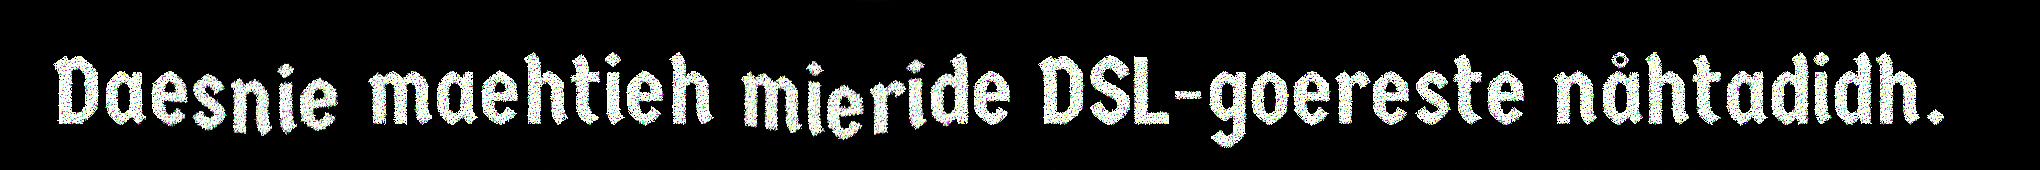
Daesnie maehtieh mieride DSL-goereste nåhtadidh.